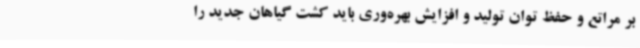
بر مراتع و حفظ توان تولید و افزایش بهره‌وری باید کشت گیاهان جدید را